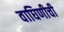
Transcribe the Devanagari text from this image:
वाघिणीची